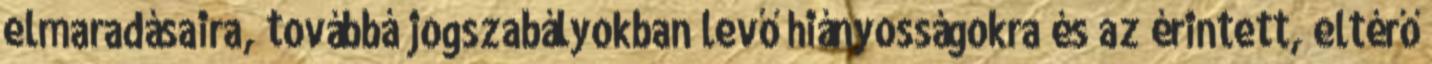
elmaradásaira, továbbá jogszabályokban levő hiányosságokra és az érintett, eltérő